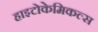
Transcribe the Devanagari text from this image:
हाइटोकेमिकल्स